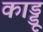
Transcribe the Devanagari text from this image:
काड्डू